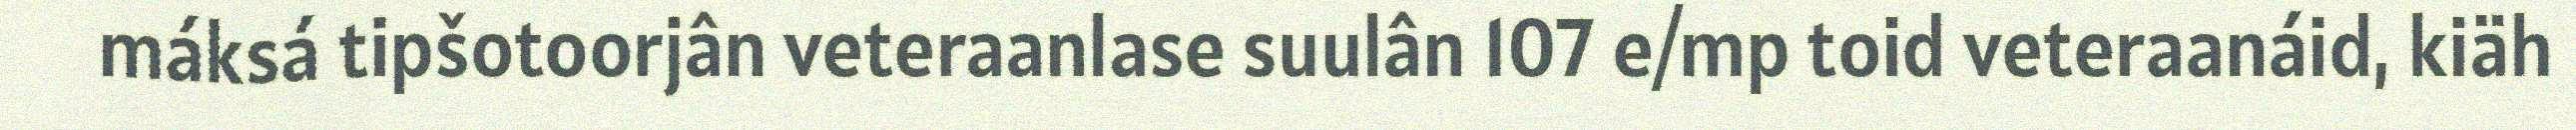
máksá tipšotoorjân veteraanlase suulân 107 e/mp toid veteraanáid, kiäh